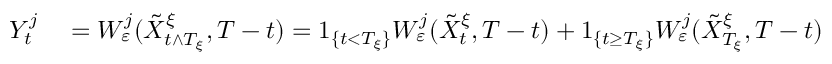
\begin{array} { r l } { Y _ { t } ^ { j } } & { { } = W _ { \varepsilon } ^ { j } ( \tilde { X } _ { t \wedge T _ { \xi } } ^ { \xi } , T - t ) = 1 _ { \{ t < T _ { \xi } \} } W _ { \varepsilon } ^ { j } ( \tilde { X } _ { t } ^ { \xi } , T - t ) + 1 _ { \{ t \geq T _ { \xi } \} } W _ { \varepsilon } ^ { j } ( \tilde { X } _ { T _ { \xi } } ^ { \xi } , T - t ) } \end{array}